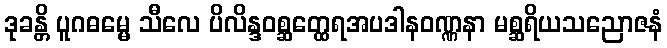
ဒုခန္တိ ပူဂဓမ္မေ သီလေ ပိလိန္ဒဝစ္ဆတ္ထေရအပဒါနဝဏ္ဏနာ မစ္ဆရိယသညောဇနံ